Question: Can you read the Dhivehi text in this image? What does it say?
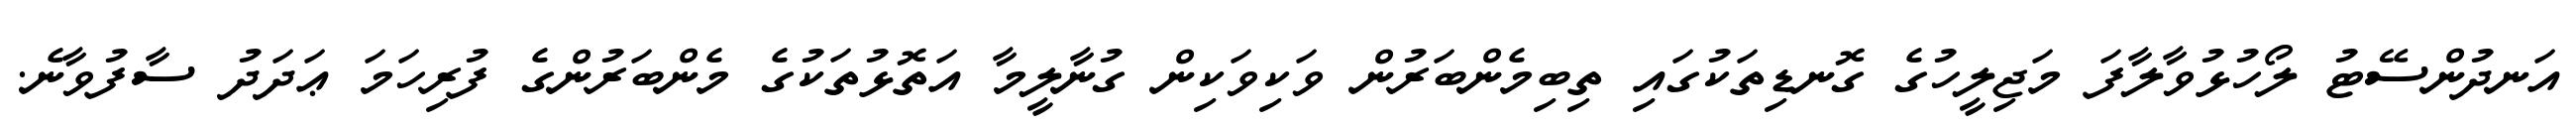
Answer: އަނދުންސޭޓު ލޯހުޅުވާލާފަ މަޖިލީހުގެ ގޮނޑިތަކުގައި ތިބިމެންބަރުން ވަކިވަކިން ގުނާލީމާ އަތޮޅުތަކުގެ މެންބަރުންގެ ފުރިހަމަ ޢަދަދު ސާފުވާނެ.